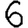
Digit: 6